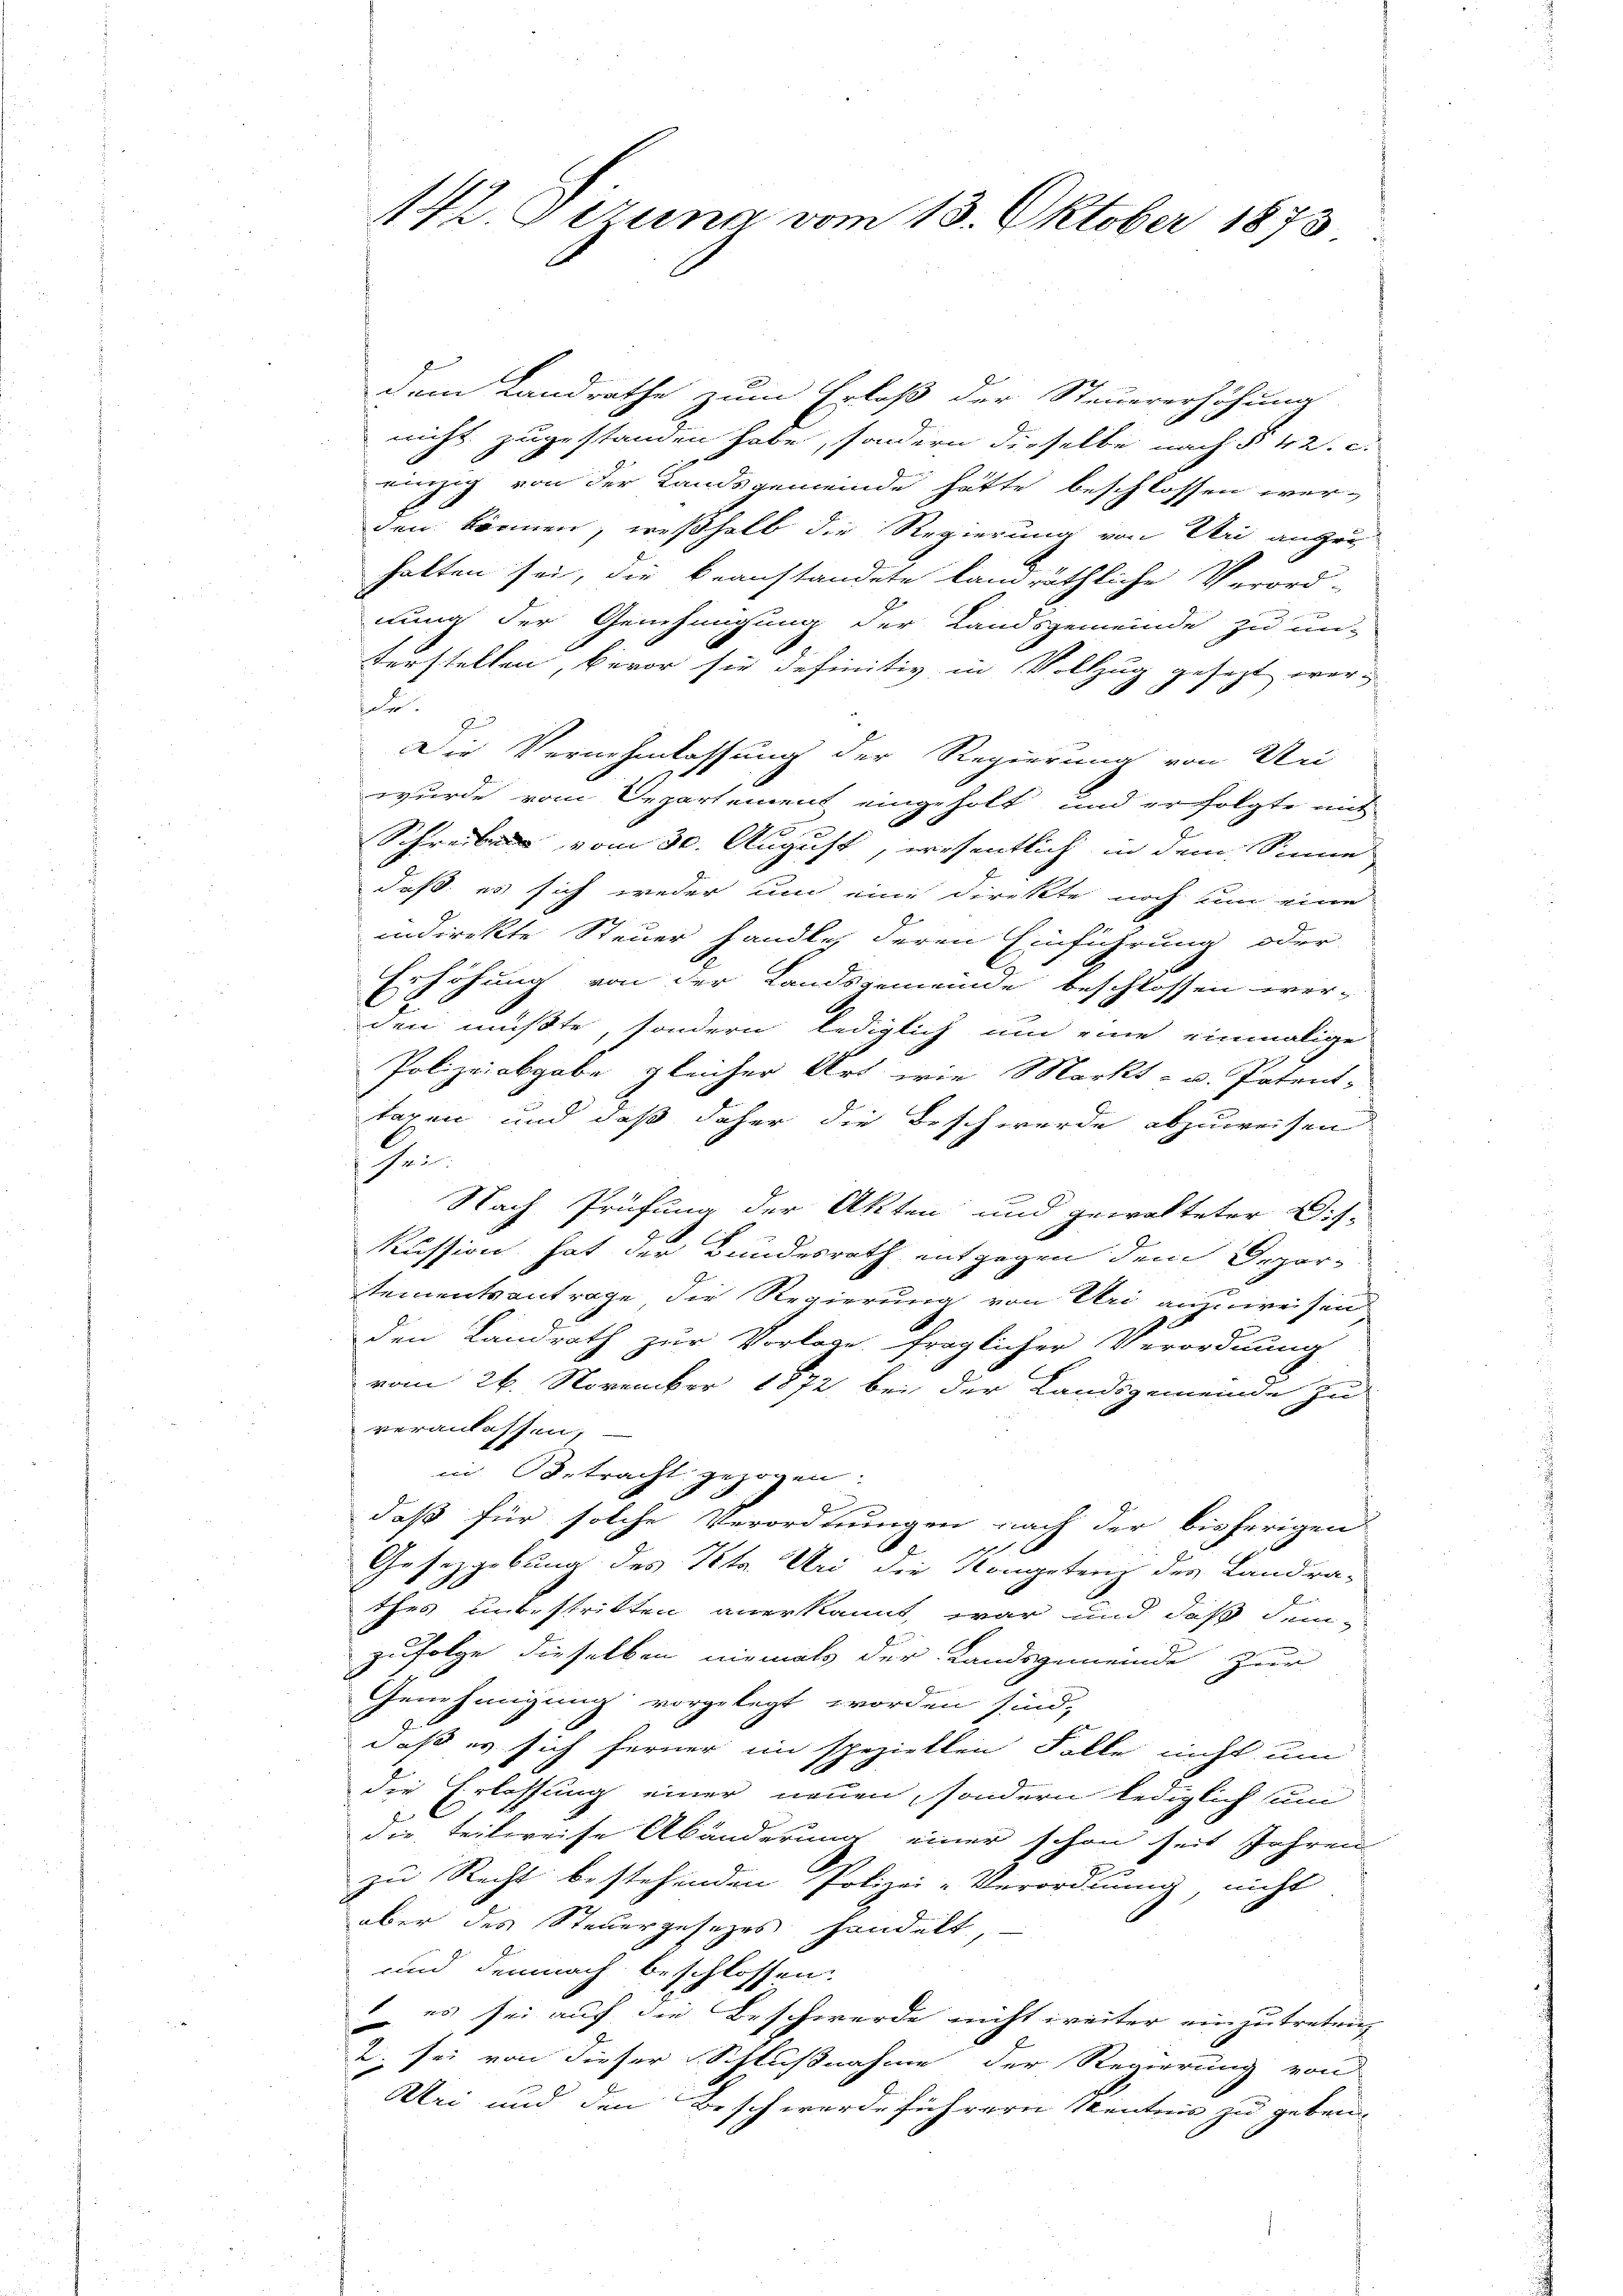
dem Landrathe zum Erlaß der Steuererhöhung
nicht zugestanden habe, sondern dieselbe nach § 42. c.
einzig von der Landsgemeinde hätte beschlossen werden können, weßhalb die Regierung von Uri anzu
halten sei, die beanstandete landräthliche Verord-

2
nung der Genehmigung der Landsgemeinde zu un-
terstellen, bevor sie definitiv in Vollzug gesezt wor¬
u
J
Die Vernehmlassung der Regierung von Uri
wurde vom Departement eingeholt, und er folgte mit
e
Schreiben vom 30. August, wesentlich in dem Sinne
daß es sich weder und eine Direkte noch um eine
E
indirekte Steuer handle, deren Einführung oder
Erhöhung von der Landsgemeinde beschlossen werden müßte, sondern lediglich um eine einmalige
Polizeiabgabe gleicher Art wie Markt- u. Patent-
tagen und daß daher die Beschwerde abzuweisen
H.
Nach Prüfung der Akten und gewalteter V. s.
kussion hat der Bundesrath entgegen dem Depor-
stementsantrage die Regierung von Uri anzuweisen
den Landrath zur Vorlage fraglicher Verordnung
vom 26. November 1872 bei der Landsgemeinde zu
veranlassen,
in Betracht gezogen.
.
daß für solche Verordnungen nach der bisherigen
i
Gesetzgebung des Petr. Uri die Kompetenz des Landra-
thes unbestritten anerkannt, war und daß dem-
zufolge dieselben niemals der Landsgemeinde zur
Genehmigung vorgelegt worden sind,
daß es sich ferner im speziellen Falle nicht um
die Erlassung einer neuen, sondern lediglich sum
die teilereise Abänderung einer schon seit Jahren
e
zu Recht bestehenden Polizei-Verordnung, nicht
aber des Steuergesetzes handelt,
und demnach beschlossen.
 es sei auf die Beschwerde nicht weiter einzutreten
2. sei von dieser Schlußnahme der Regierung von
Uri und den Beschwerdeführern Kenntnis zu geben.

12. Dezung vom 13. Oktober 1873.